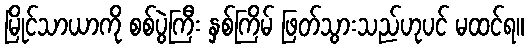
မြိုင်သာယာကို စစ်ပွဲကြီး နှစ်ကြိမ် ဖြတ်သွားသည်ဟုပင် မထင်ရ။